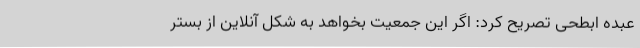
عبده ابطحی تصریح کرد: اگر این جمعیت بخواهد به شکل آنلاین از بستر